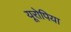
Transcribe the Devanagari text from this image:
यूरोपिया